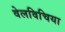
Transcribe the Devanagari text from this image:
वेलविचिया